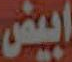
ابيض